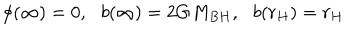
\phi ( \infty ) = 0 , \, \, \, \, b ( \infty ) = 2 G M _ { B H } , \, \, \, \, b ( r _ { H } ) = r _ { H }